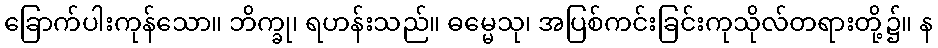
ခြောက်ပါးကုန်သော။ ဘိက္ခု၊ ရဟန်းသည်။ ဓမ္မေသု၊ အပြစ်ကင်းခြင်းကုသိုလ်တရားတို့၌။ န